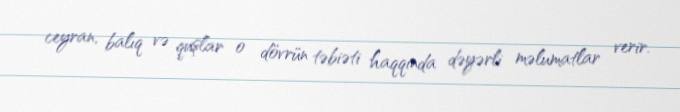
ceyran, balıq və quşlar o dövrün təbiəti haqqında dəyərli məlumatlar verir.